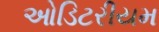
ઓડિટરીયમ